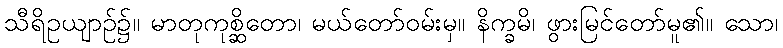
သီရိဥယျာဉ်၌။ မာတုကုစ္ဆိတော၊ မယ်တော်ဝမ်းမှ။ နိက္ခမိ၊ ဖွားမြင်တော်မူ၏။ သော၊